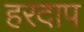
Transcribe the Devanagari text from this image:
हरदाप